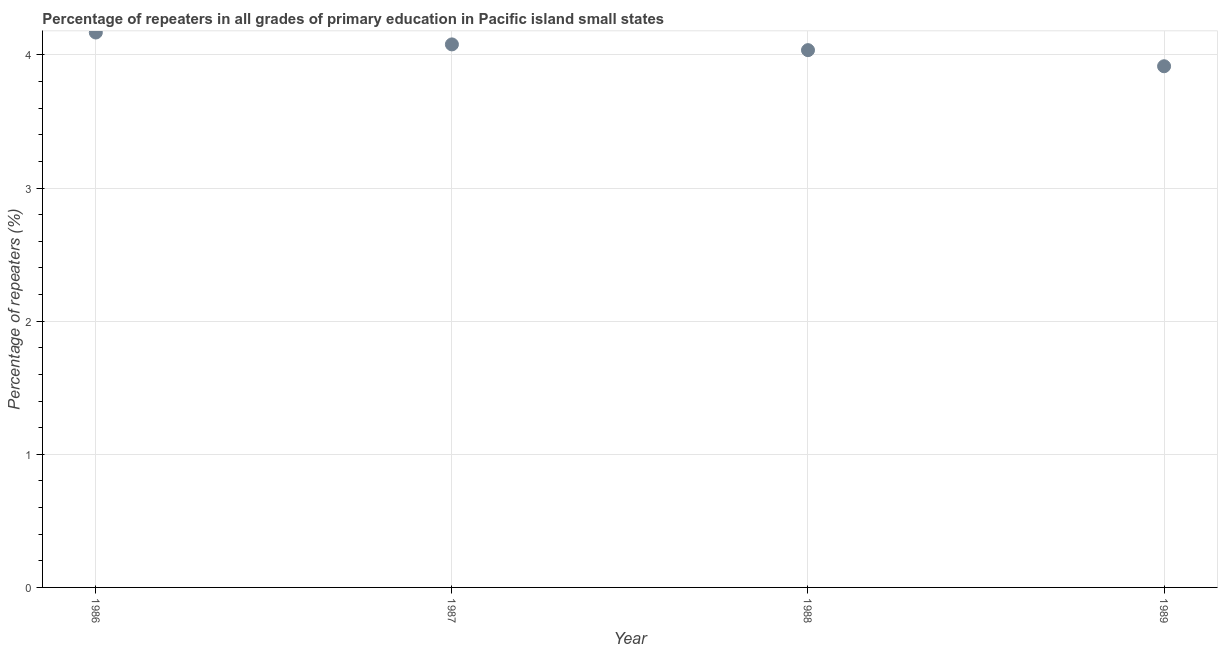
| Year | Repeaters in primary education |
 | --- | --- |
 | 1986 | 4.17 |
 | 1987 | 4.08 |
 | 1988 | 4.04 |
 | 1989 | 3.92 |